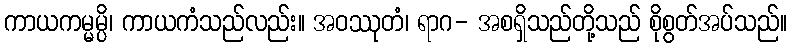
ကာယကမ္မမ္ပိ၊ ကာယကံသည်လည်း။ အဝဿုတံ၊ ရာဂ- အစရှိသည်တို့သည် စိုစွတ်အပ်သည်။